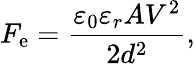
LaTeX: F_{\mathrm{e}}={\frac{\varepsilon_{0}\varepsilon_{r}AV^{2}}{2d^{2}}},